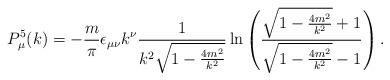
LaTeX: \begin{align*}P_{\mu}^5(k)= -\frac{m}{\pi}\epsilon_{\mu\nu}k^{\nu}\frac{1}{k^2\sqrt{1-\frac{4m^2}{k^2}}}\ln \left( \frac{\sqrt{1-\frac{4m^2}{k^2}}+1}{\sqrt{1-\frac{4m^2}{k^2}}-1}\right) .\end{align*}